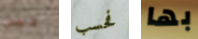
غير فحسب بها